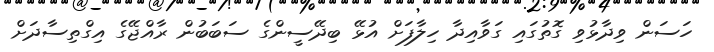
ހަސަން ވިދާޅުވި ގޮތުގައި ގަވާއިދާ ހިލާފަށް އުޅޭ ބިދޭސީންގެ ސަބަބުން ރާއްޖޭގެ އިގްތިސާދަށް